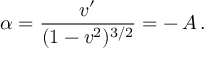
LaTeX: \alpha = \frac { v ^ { \prime } } { ( 1 - v ^ { 2 } ) ^ { 3 / 2 } } = - \, A \, .